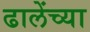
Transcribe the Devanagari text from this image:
ढालेंच्या